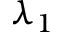
\lambda _ { 1 }